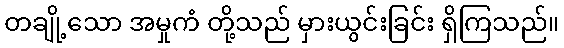
တချို့သော အမှုကံ တို့သည် မှားယွင်းခြင်း ရှိကြသည်။